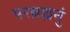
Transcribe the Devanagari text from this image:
परब्रह्मनुं